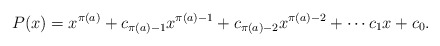
\begin{align*}P(x) = x^{\pi(a)} + c_{\pi(a) - 1}x^{\pi(a) - 1} + c_{\pi(a) - 2}x^{\pi(a) - 2} + \cdots c_1x + c_0.\end{align*}